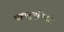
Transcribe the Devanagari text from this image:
सहानुभूतिदार